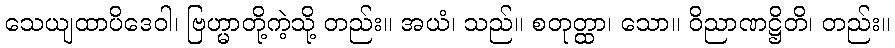
သေယျထာပိဒေဝါ၊ ဗြဟ္မာတို့ကဲ့သို့ တည်း။ အယံ၊ သည်။ စတုတ္ထာ၊ သော။ ဝိညာဏဋ္ဌိတိ၊ တည်း။